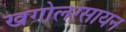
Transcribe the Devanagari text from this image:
खगोलरसायन